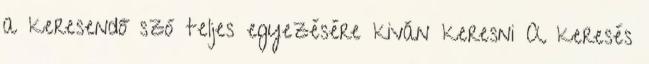
a keresendő szó teljes egyezésére kiván keresni A keresés